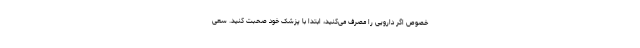
خصوص اگر دارویی را مصرف می‌کنید، ابتدا با پزشک خود صحبت کنید. سعی